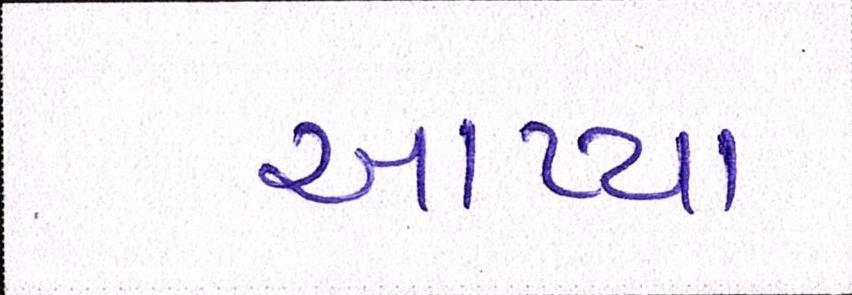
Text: આપ્યા